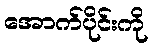
အောက်ပိုင်းကို